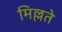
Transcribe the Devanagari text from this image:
मिल्लते